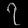
Digit: ၇